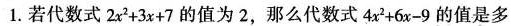
1.若代数式$$2 x ^ { 2 } +3 x+7$$的值为2，那么代数式$$4 x ^ { 2 } + 6 x - 9$$的值是多